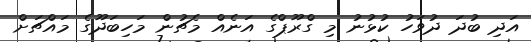
އަދި ބުދަ ދުވަހު ކުޅުނު މި ގްރޫޕްގެ އަނެއް މެޗުން މަހިބަދޫގެ މައްޗަށް